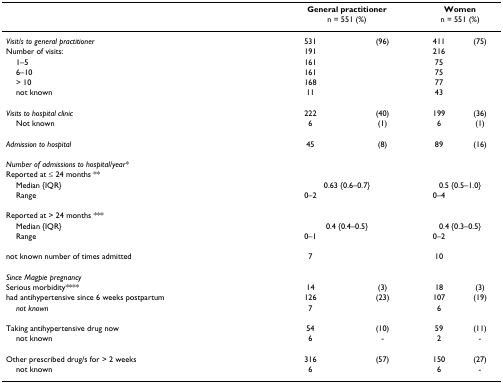
|  | <COLSPAN=2> General practitioner | <COLSPAN=2> Women |
 |  | <COLSPAN=2> n = 551 (%) | <COLSPAN=2> n = 551 (%) |
 | --- | --- | --- | --- | --- |
 | Visit/s to general practitioner | 531 | (96) | 411 | (75) |
 | Number of visits: | 191 |  | 216 |  |
 | 1–5 | 161 |  | 75 |  |
 | 6–10 | 161 |  | 75 |  |
 | > 10 | 168 |  | 77 |  |
 | not known | 11 |  | 43 |  |
 | Visits to hospital clinic | 222 | (40) | 199 | (36) |
 | Not known | 6 | (1) | 6 | (1) |
 | Admission to hospital | 45 | (8) | 89 | (16) |
 | Number of admissions to hospital/year* |  |  |  |  |
 | Reported at ≤ 24 months ** |  |  |  |  |
 | Median {IQR} | <COLSPAN=2> 0.63 {0.6–0.7} | <COLSPAN=2> 0.5 {0.5–1.0} |
 | Range | 0–2 |  | 0–4 |  |
 | Reported at > 24 months *** |  |  |  |  |
 | Median {IQR} | <COLSPAN=2> 0.4 {0.4–0.5} | <COLSPAN=2> 0.4 {0.3–0.5} |
 | Range | 0–1 |  | 0–2 |  |
 | not known number of times admitted | 7 |  | 10 |  |
 | Since Magpie pregnancy |  |  |  |  |
 | Serious morbidity**** | 14 | (3) | 18 | (3) |
 | had antihypertensive since 6 weeks postpartum | 126 | (23) | 107 | (19) |
 | not known | 7 |  | 6 |  |
 | Taking antihypertensive drug now | 54 | (10) | 59 | (11) |
 | not known | 6 | - | 2 | - |
 | Other prescribed drug/s for > 2 weeks | 316 | (57) | 150 | (27) |
 | not known | 6 |  | 6 | - |